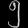
Digit: ၅